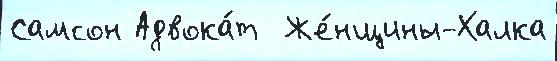
Самсон Адвока́т  Же́нщины-Халка